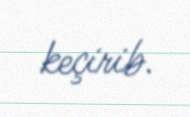
keçirib.